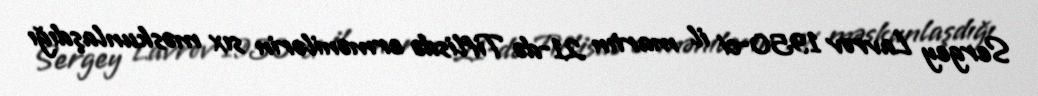
Sergey Lavrov 1950-ci il martın 21-də Tiflisdə ermənilərin sıx məskunlaşdığı